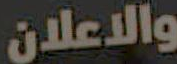
والاعلان